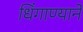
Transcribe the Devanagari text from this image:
धिंगाण्याने